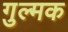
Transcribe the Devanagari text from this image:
गुल्मक